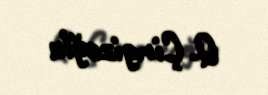
Q. Çingizoğlu